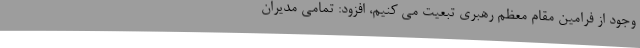
وجود از فرامین مقام معظم رهبری تبعیت می کنیم، افزود: تمامی مدیران